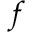
f